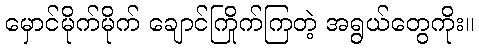
မှောင်မိုက်မိုက် ချောင်ကြိုက်ကြတဲ့ အရွယ်တွေကိုး။